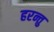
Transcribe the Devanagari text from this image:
हरन्तु